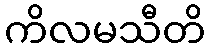
ကိလမသီတိ